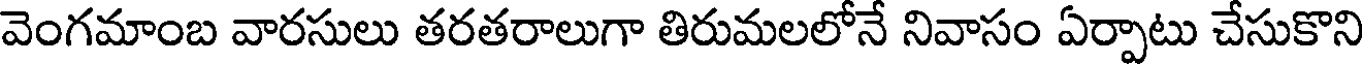
వెంగమాంబ వారసులు తరతరాలుగా తిరుమలలోనే నివాసం ఏర్పాటు చేసుకొని